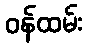
ဝန်ထမ်း